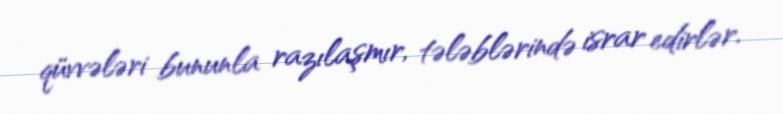
qüvvələri bununla razılaşmır, tələblərində israr edirlər.